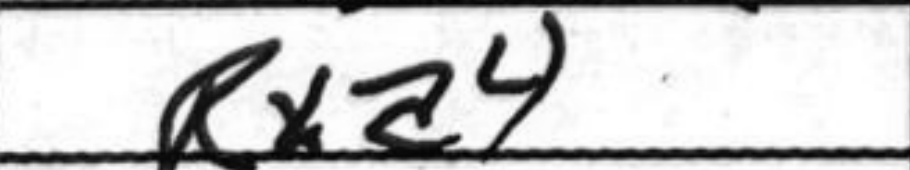
Transcription: Rxa4